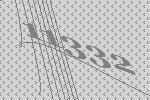
11332